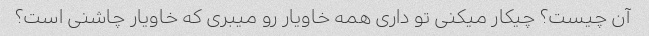
آن چیست؟ چیکار میکنی تو داری همه خاویار رو میبری که خاویار چاشنی است؟